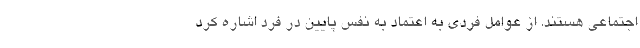
اجتماعی هستند. از عوامل فردی به اعتماد به نفس پایین در فرد اشاره کرد